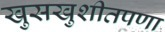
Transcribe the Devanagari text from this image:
खुसखुशीतपणा